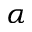
\alpha